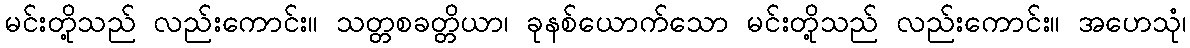
မင်းတို့သည် လည်းကောင်း။ သတ္တစခတ္တိယာ၊ ခုနစ်ယောက်သော မင်းတို့သည် လည်းကောင်း။ အဟေသုံ၊